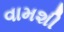
વામશી